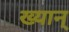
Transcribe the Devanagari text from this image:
ख्यान्